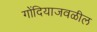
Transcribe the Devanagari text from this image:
गोंदियाजवळील